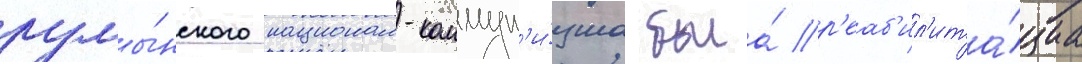
румы́нского национал-коммун'и́зма была́ р'еаб'ил'ита́циа